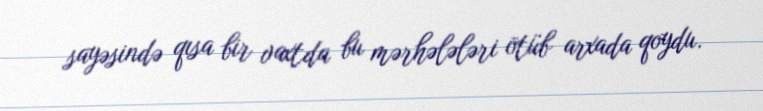
sayəsində qısa bir vaxtda bu mərhələləri ötüb arxada qoydu.